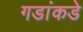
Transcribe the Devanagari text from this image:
गडांकडे